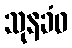
သုနခံဝ